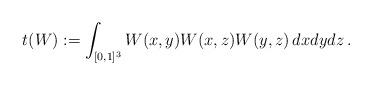
LaTeX: \begin{align*}t(W) := \int_{[0,1]^3} W(x,y)W(x,z)W(y,z) \, dxdydz \,.\end{align*}